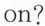
on?